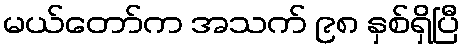
မယ်တော်က အသက် ၉၈ နှစ်ရှိပြီ